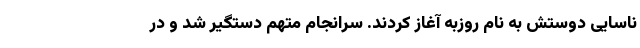
ناسایی دوستش به نام روزبه آغاز کردند. سرانجام متهم دستگیر شد و در